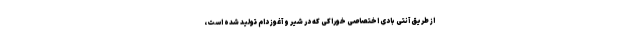
از طریق آنتی بادی اختصاصی خوراکی که در شیر و آغوز دام تولید شده است،